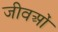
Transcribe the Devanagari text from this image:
जीवओं